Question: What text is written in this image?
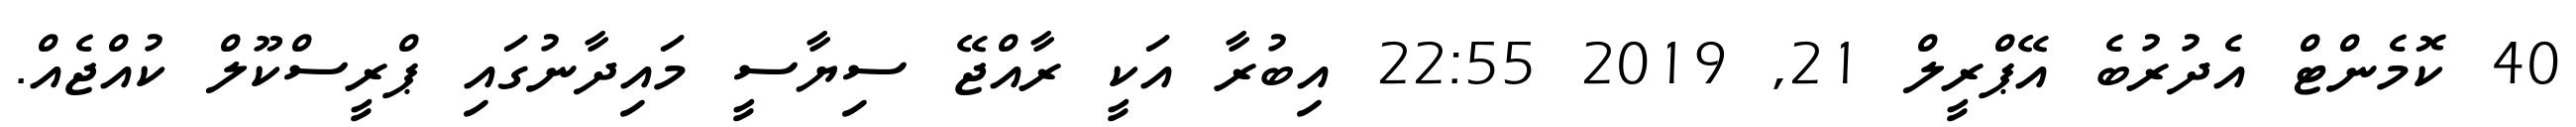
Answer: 40 ކޮމެންޓް އެދުރުބެ އޭޕްރީލް 21, 2019 22:55 އިބުރާ އަކީ ރާއްޖޭ ސިޔާސީ މައިދާނުގައި ޕްރީސްކޫލް ކުއްޖެއް.